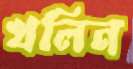
খলিন